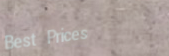
Best Prices